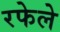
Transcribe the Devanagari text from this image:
रफेले